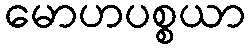
မောဟပစ္စယာ